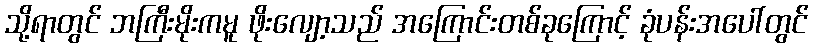
သို့ရာတွင် ဘကြီးမိုးကမူ ဖိုးလျော့သည် အကြောင်းတစ်ခုကြောင့် ခုံပန်းအပေါ်တွင်